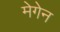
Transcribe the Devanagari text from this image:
मेगेन